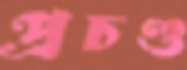
প্রচণ্ড